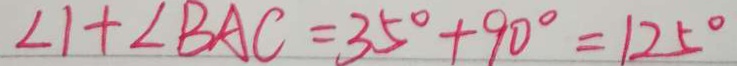
\angle 1 + \angle B A C = 3 5 ^ { \circ } + 9 0 ^ { \circ } = 1 2 5 ^ { \circ }